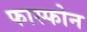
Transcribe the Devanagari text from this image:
फास्फोन